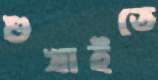
শুখাইতে